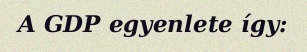
A GDP egyenlete így: